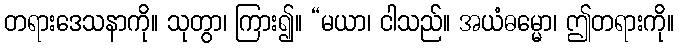
တရားဒေသနာကို။ သုတွာ၊ ကြား၍။ “မယာ၊ ငါသည်။ အယံဓမ္မော၊ ဤတရားကို။